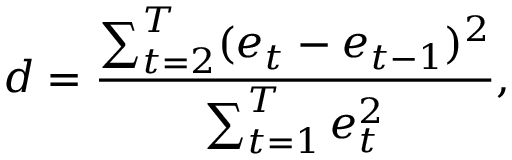
d = { \frac { \sum _ { t = 2 } ^ { T } ( e _ { t } - e _ { t - 1 } ) ^ { 2 } } { \sum _ { t = 1 } ^ { T } e _ { t } ^ { 2 } } } ,